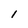
Character: l